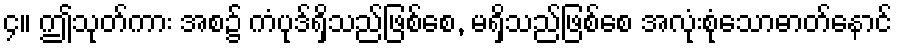
၄။ ဤသုတ်ကား အစ၌ ကံပုဒ်ရှိသည်ဖြစ်စေ, မရှိသည်ဖြစ်စေ အလုံးစုံသောဓာတ်နောင်